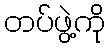
တပ်ဖွဲ့ကို